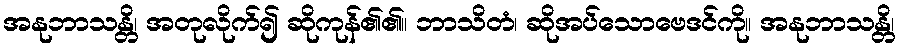
အနုဘာသန္တိ၊ အတုလိုက်၍ ဆိုကုန်၏၏။ ဘာသိတံ၊ ဆိုအပ်သောဗေဒင်ကို။ အနုဘာသန္တိ၊